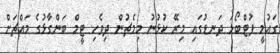
ގައުމީ ފުޓްބޯޅަ ދަނޑުގައި މިރޭ ކުޅުނު މިމެޗުން ދިވެހި ޓީމް ބަންގާޅުގެ މައްޗަށް